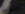
التاجر